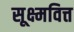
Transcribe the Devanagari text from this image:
सूक्ष्मवित्त